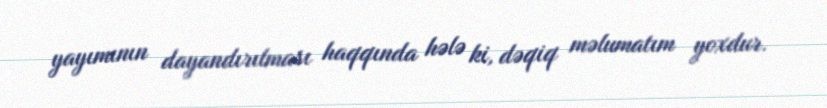
yayımının dayandırılması haqqında hələ ki, dəqiq məlumatım yoxdur.